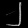
Digit: ၂